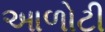
આળોટી